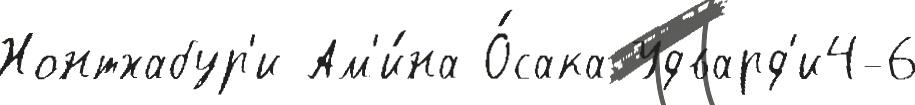
Нонтхабур'и Ам'и́на О́сака Удвард'и4-6